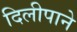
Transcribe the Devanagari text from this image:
दिलीपाने